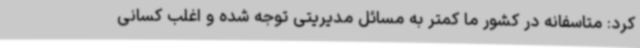
کرد: متاسفانه در کشور ما کمتر به مسائل مدیریتی توجه شده و اغلب کسانی